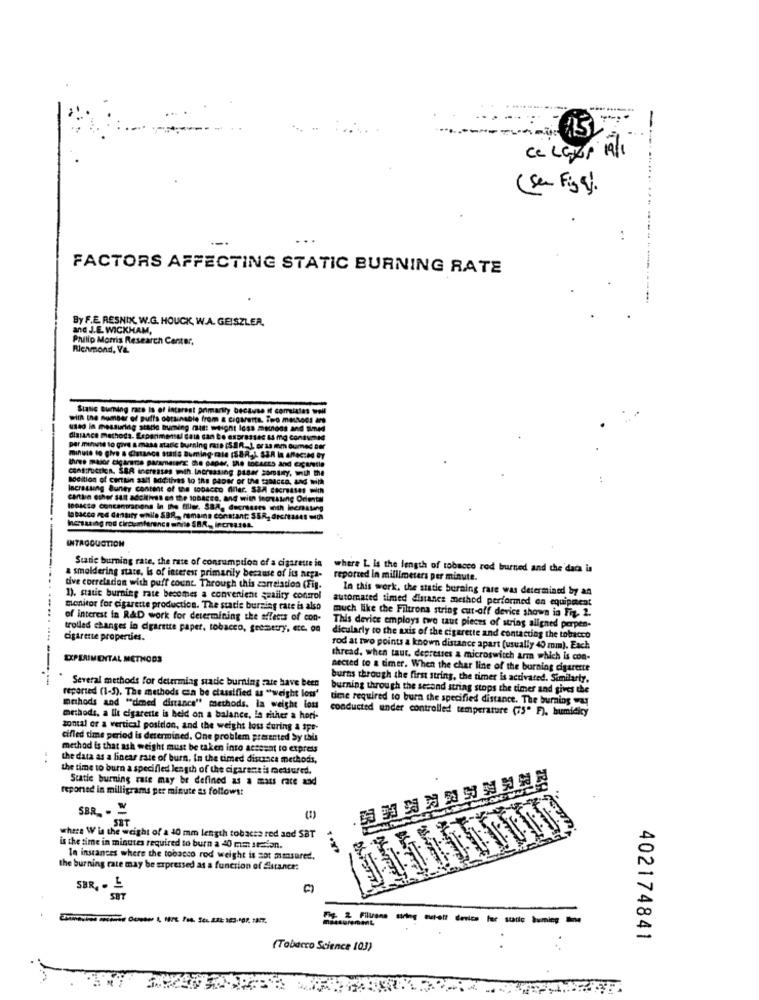
ce Lexs All
.... .......
( sen Fig .
:
FACTORS AFFECTING STATIC BURNING RATE
By F.E. RESNIK, W.G. HOUCK, W.A. GEISZLER.
and J.E. WICKHAM,
Philip Morris Research Center.
Richmond, Va.
Static Buming rate Is of interest primarily because I
with the number of puffs obtainable from & cigwerte. To
used in measuring stare burning mis: weight less me
diasance methods. Experimental Gain can t'e expresses &s
per minute to give a mass static burning Fall (SR. L or ag
minute to give a distance stadis Buming-cale (SOR-A SER
construction, SAR increases with Increasing pasar som
Sodition of certain sall additives to the paper or the SaDA
..
Incrassing Burley content of the tobacco Mar. SSA
lo044se concentracons In the fillez. SBA, decreases
Io bacco med density while SBR, remains constant: SER, a
INTACQUOTION
Staric burning rate, the rate of consumption of a cigarette in
where L is the length of tobacco rod burned and the daca is
& smoldering state, Is of interest primarily because of its arpa-
reported in millimeters per minute.
tive correlation with puff count Through this correlation (Fig.
In this work. the static burning rare was determined by an
1). static burning rate becomes a convenient quality control
automated timed distanes method performed on equipment
monitor for cigarette production. The static burning rate is also
much like the Filtrona string cut-off device shown in Fig. 2.
of interest in R&D work for determining the effects of con-
trolled changes in dgarette paper, tobacco, geometry, etc. on
This device employs two taut pieces of string aligned parpen-
cigarette properties.
dicularly to the axis of the cigarette and contacting the tobacco
rod at two points a known distance apart (usually 40 mm). Each
EXPERIMENTAL METHODS
thread. when taur. depresses a microswitch arm which is con-
nected to a timer. When the char line of the burning cigarette
burns through the first string, the timer is activated. Similarly,
Several methods for deurming stade burning rate have been
burning through the second string stops the timer and gives the
reported (1-5). The methods can be classified as "weight loss'
time required to burn the specified distance. The burning a
methods and "dimed distance" methods. la weight loss
conducted under controlled temperature (75" F), humidity
methods, a Ile cigarette is held on a balance, In fisher a hori-
zontal or a vertical position, and the weight loss during a spr-
cifled time period is determined. One problem presented by this
method is that ash weight must be taken into acsesat to express
the data as a linear rate of burn, In the timed distance methods,
the time to burn a specified length of the cigarensis mesured.
Static burning rate may be defined as a mass race and
reponed in milligrams per minute as follows:
SBR -
SET
where Wis the weight of a 40 mm length tobacta red and SBT
is the time in minutes required to burn a 40 mm staton.
In instances where the tobacco rod weight is sot measured.
the burning rate may be expressed as a function of Alsrance:
SER. -
--------- -
402174841
(Tobacco Science 103)